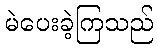
မဲပေးခဲ့ကြသည်